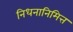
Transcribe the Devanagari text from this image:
निधनानिमित्त